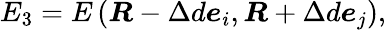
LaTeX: E_{3}=E\left(\boldsymbol{R}-\Delta d\boldsymbol{e}_{i},\boldsymbol{R}+\Delta d\boldsymbol{e}_{j}\right),